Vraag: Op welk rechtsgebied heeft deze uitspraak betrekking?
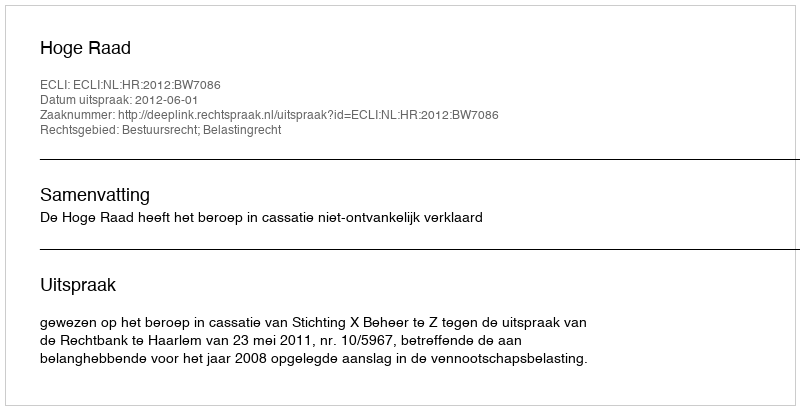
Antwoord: Bestuursrecht; Belastingrecht